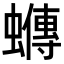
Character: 𧓆